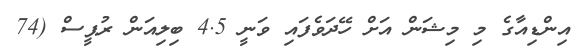
އިންޑިއާގެ މި މިޝަން އަށް ހޭދަވެފައި ވަނީ 4.5 ބިލިއަން ރުޕީސް (74